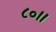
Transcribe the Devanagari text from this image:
८०।।